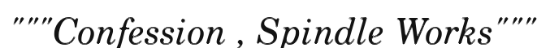
"""Confession , Spindle Works"""